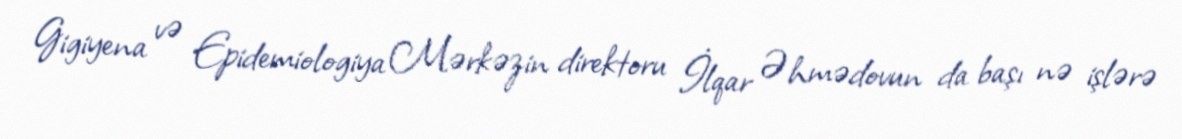
Gigiyena və Epidemiologiya Mərkəzin direktoru İlqar Əhmədovun da başı nə işlərə